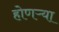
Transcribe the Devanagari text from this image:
होणऱ्या